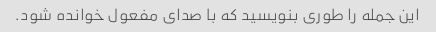
این جمله را طوری بنویسید که با صدای مفعول خوانده شود.